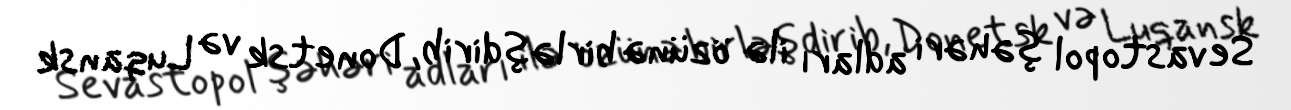
Sevastopol şəhəri adları ilə özünə birləşdirib, Donetsk və Luqansk